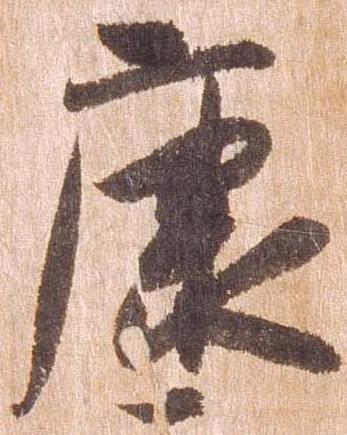
康